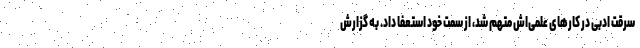
سرقت ادبی در کارهای علمی‌اش متهم شد، از سمت خود استعفا داد. به گزارش